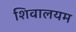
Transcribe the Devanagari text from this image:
शिवालयम